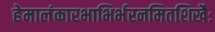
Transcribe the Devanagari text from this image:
हेमालंकारभाभिर्भरनमितशिखैः